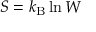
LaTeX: S = k _ { \mathrm { B } } \ln W